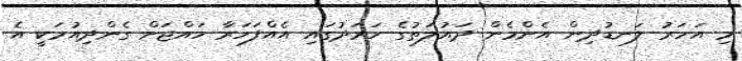
މި އަހަރު ލަނޑުދިން އެންމެން ދައުލަތުގެ ހަރަދުގައި އެއްފަހަރާ ހައްޖަށް ގެންދިއުމަކީ އެ